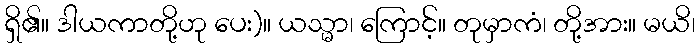
ရှိ၏။ ဒါယကာတို့ဟု ပေး)။ ယသ္မာ၊ ကြောင့်။ တုမှာကံ၊ တို့အား။ မယိ၊